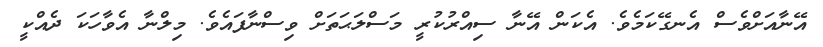
އޭނާއަށްވެސް އެނގޭކަމެވެ. އެކަން އޭނާ ސިއްރުކުރީ މަސްލަޙަތަށް ވިސްނާފައެވެ. މިލްނާ އެވާހަކަ ދެއްކީ